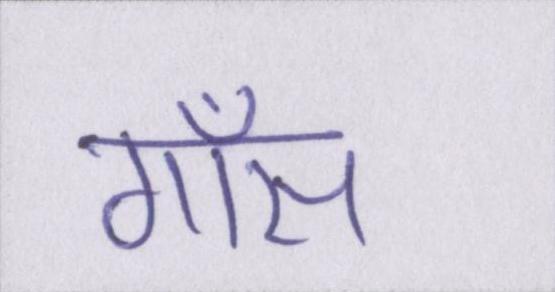
गॉस